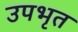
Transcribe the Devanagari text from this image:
उपभृत